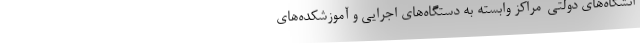
انشگاه‌های دولتی-مراکز وابسته به دستگاه‌های اجرایی و آموزشکده‌های